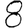
Digit: 8